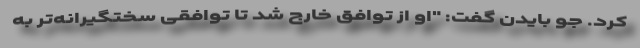
کرد. جو بایدن گفت: "او از توافق خارج شد تا توافقی سختگیرانه‌تر به